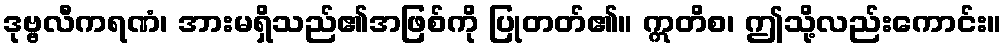
ဒုဗ္ဗလီကရဏံ၊ အားမရှိသည်၏အဖြစ်ကို ပြုတတ်၏။ ဣတိစ၊ ဤသို့လည်းကောင်း။